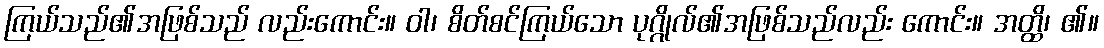
ကြယ်သည်၏အဖြစ်သည် လည်းကောင်း။ ဝါ၊ စိတ်စင်ကြယ်သော ပုဂ္ဂိုလ်၏အဖြစ်သည်လည်း ကောင်း။ အတ္ထိ၊ ၏။